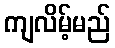
ကျလိမ့်မည်